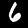
Digit: 6